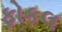
ફોકલ